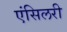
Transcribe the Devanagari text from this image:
एंसिलरी